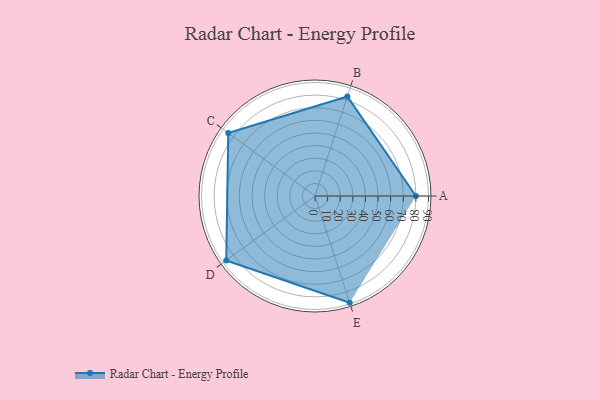
{"axis": {"x": "Skill", "y": "Score"}, "legend": ["Profile"], "data": [{"x": "A", "y": 80.0, "type": "Profile"}, {"x": "B", "y": 83.0, "type": "Profile"}, {"x": "C", "y": 85.0, "type": "Profile"}, {"x": "D", "y": 87.0, "type": "Profile"}, {"x": "E", "y": 89.0, "type": "Profile"}]}